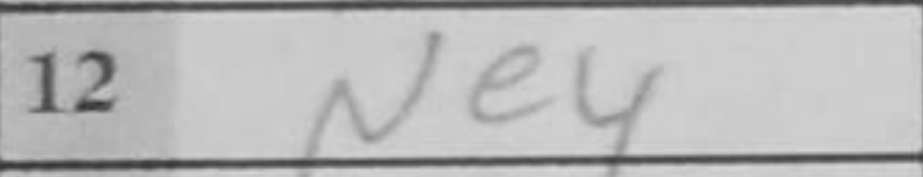
Transcription: Ne4